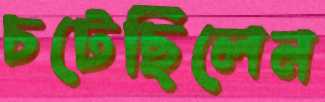
চটেছিলেন